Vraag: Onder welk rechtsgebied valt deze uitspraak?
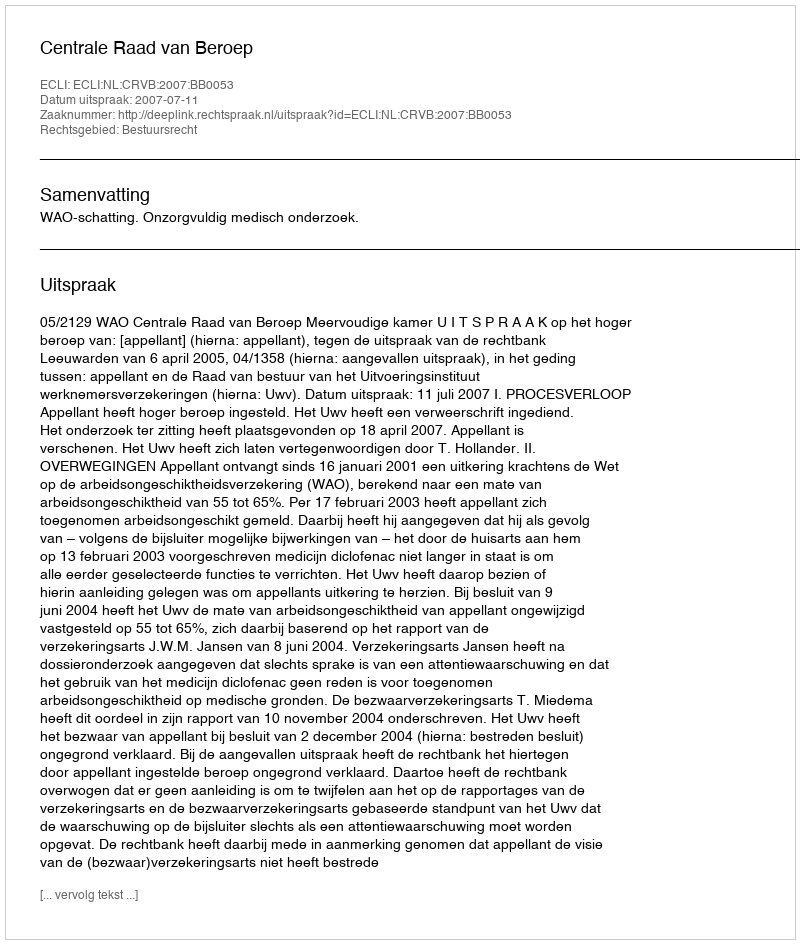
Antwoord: Bestuursrecht